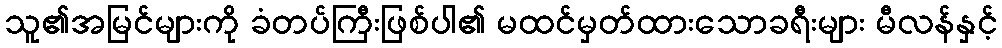
သူ၏အမြင်များကို ခံတပ်ကြီးဖြစ်ပါ၏ မထင်မှတ်ထားသောခရီးများ မီလန်နှင့်